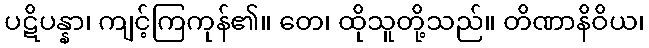
ပဋိပန္နာ၊ ကျင့်ကြကုန်၏။ တေ၊ ထိုသူတို့သည်။ တိဏာနိဝိယ၊